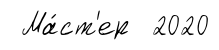
Ма́ст'ер 2020